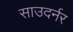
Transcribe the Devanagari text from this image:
साउदर्नर